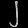
Digit: ၂